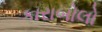
કારાબોલો